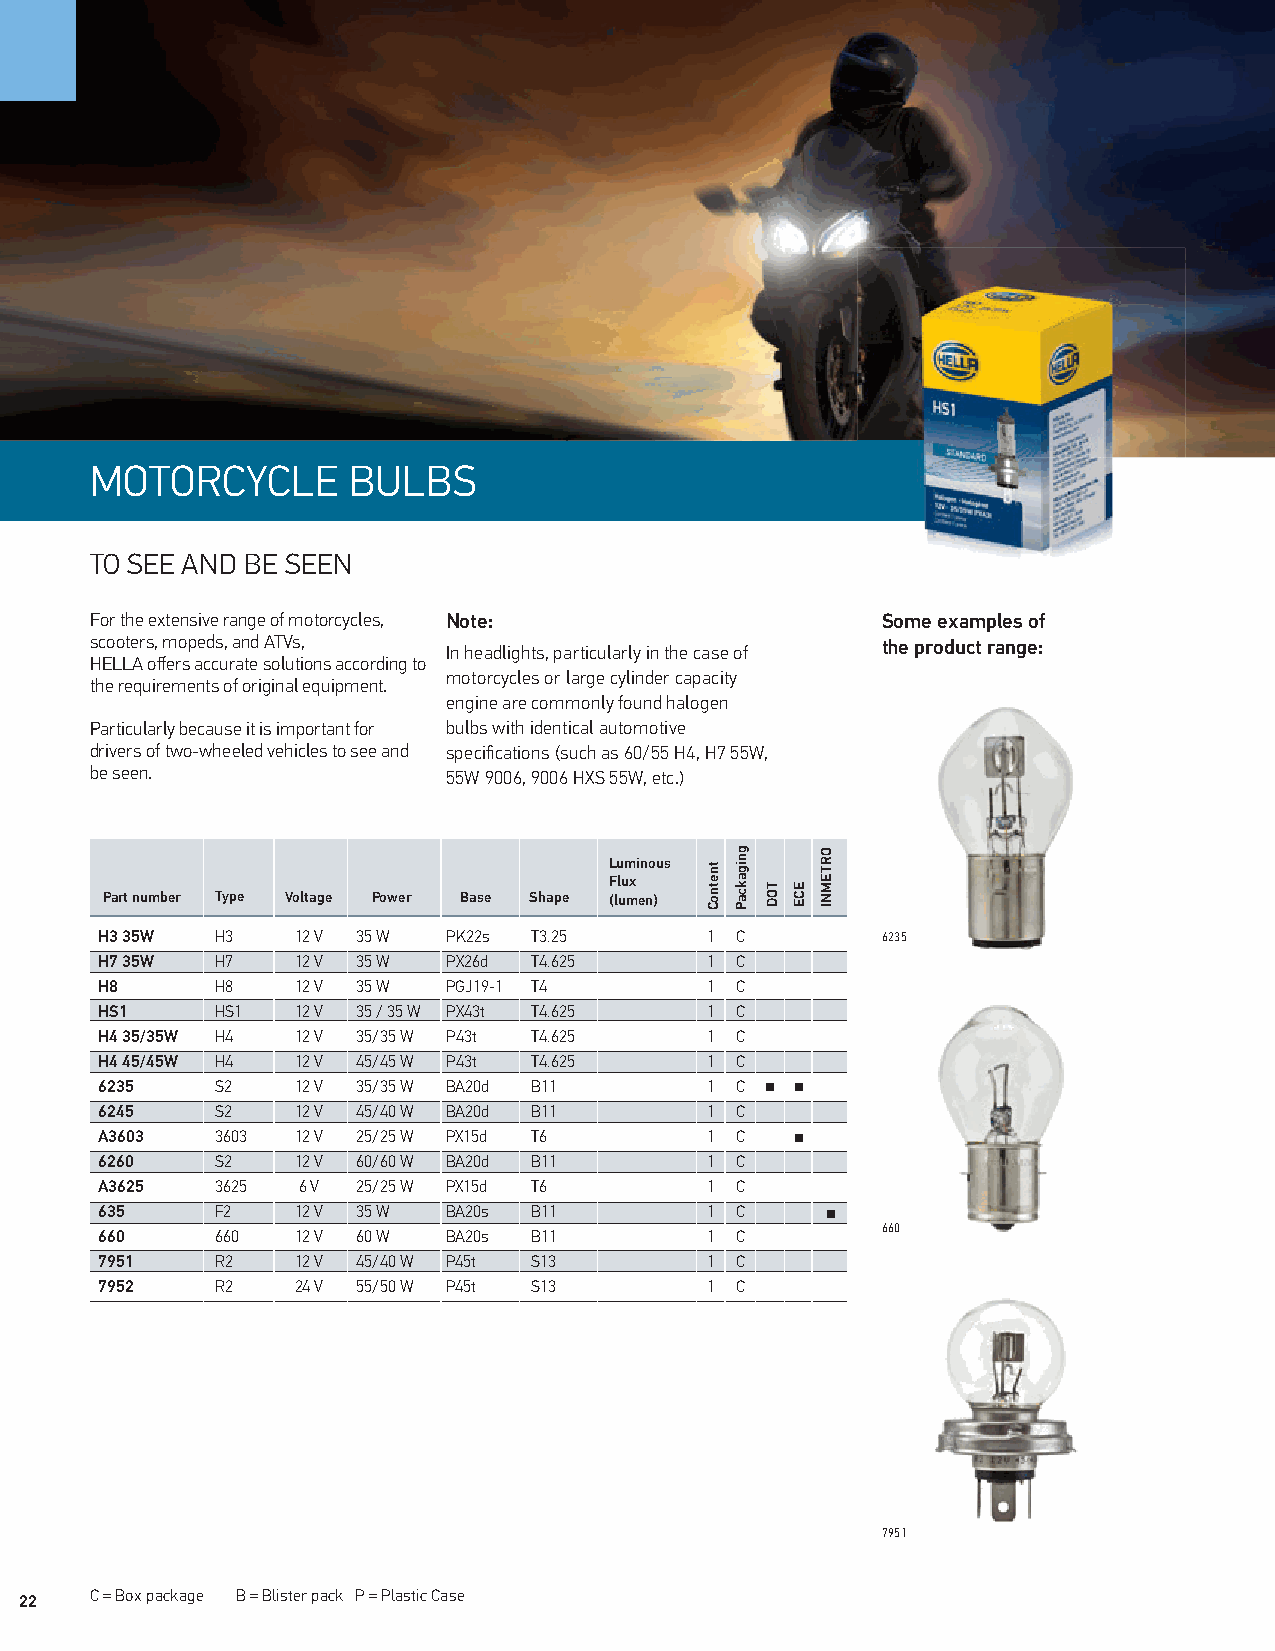
MOTORCYCLE       BULBS
 TO SEE AND BE SEEN
 For the extensive range of motorcycles, Note:       SSoommee eexxaammpplleess ooff
 scooters, mopeds, and ATVs, In headlights, particularly in the case of the product range:
 HELLA offers accurate solutions according to
 motorcycles or large cylinder capacity
 the requirements of original equipment.
 engine are commonly found halogen
 Particularly because it is important for bulbs with identical automotive
 drivers of two-wheeled vehicles to see and specifications (such as 60/55 H4, H7 55W,
 be seen.                55W 9006, 9006 HXS 55W, etc.)
 Luminous
 Flux
 Part number Type Voltage Power Base Shape (lumen)
 H3 35W H3    12 V 35 W PK22s T3.25      1 C        6235
 H7 35W H7    12 V 35 W PX26d T4.625     1 C
 H8     H8    12 V 35 W PGJ19-1 T4       1 C
 HS1    HS1   12 V 35 / 35 W PX43t T4.625 1 C
 H4 35/35W H4 12 V 35/35 W P43t T4.625   1 C
 H4 45/45W H4 12 V 45/45 W P43t T4.625   1 C
 6235   S2    12 V 35/35 W BA20d B11     1 C
 6245   S2    12 V 45/40 W BA20d B11     1 C
 A3603  3603  12 V 25/25 W PX15d T6      1 C
 6260   S2    12 V 60/60 W BA20d B11     1 C
 A3625  3625  6 V 25/25 W PX15d T6       1 C
 635    F2    12 V 35 W BA20s B11        1 C
 660
 660    660   12 V 60 W BA20s B11        1 C
 7951   R2    12 V 45/40 W P45t S13      1 C
 7952   R2    24 V 55/50 W P45t S13      1 C
 7951
 C = Box package B = Blister pack P = Plastic Case
 2222
 tnetnoC
 gnigakcaP
 TOD ECE
 ORTEMNI